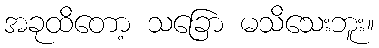
အခုထိတော့ သခြော မသိသေးဘူး။